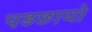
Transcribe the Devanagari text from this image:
पडछायो